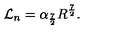
{ \cal { L } } _ { n } = \alpha _ { \frac { 7 } { 2 } } R ^ { \frac { 7 } { 2 } } .